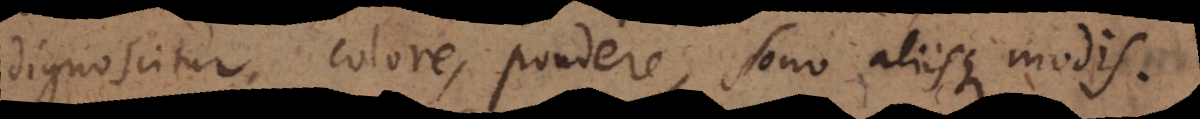
dignoscitur colore, pondere, sono aliisque modis.